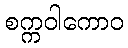
စက္ကဝါကောဝ